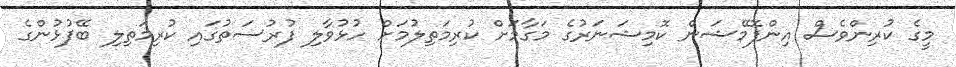
މީގެ ކުރިންވެސް އިންފޮމޭޝަން ކޮމިޝަނަރުގެ މަގާމަށް ކުރިމަތިލުމަށް ހުޅުވާލި ފުރުސަތުގައި ކުރިމަތިލި ބޭފުޅުންގެ